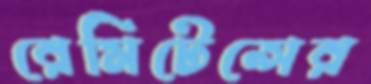
রেমিটেন্সের